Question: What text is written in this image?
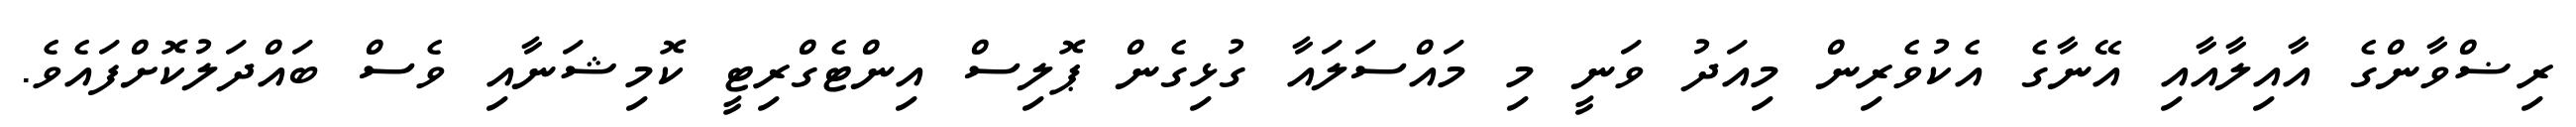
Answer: ރިޟްވާންގެ އާއިލާއާއި އޭނާގެ އެކުވެރިން މިއަދު ވަނީ މި މައްސަލައާ ގުޅިގެން ޕޮލިސް އިންޓެގްރިޓީ ކޮމިޝަނާއި ވެސް ބައްދަލުކޮށްފައެވެ.